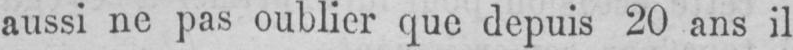
aussi ne pas oublier que depuis 20 ans il